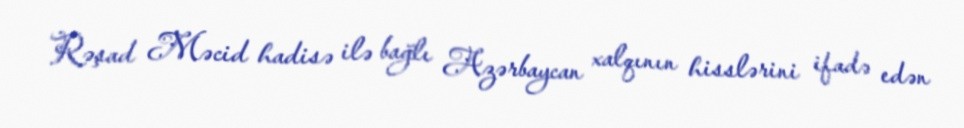
Rəşad Məcid hadisə ilə bağlı Azərbaycan xalqının hisslərini ifadə edən